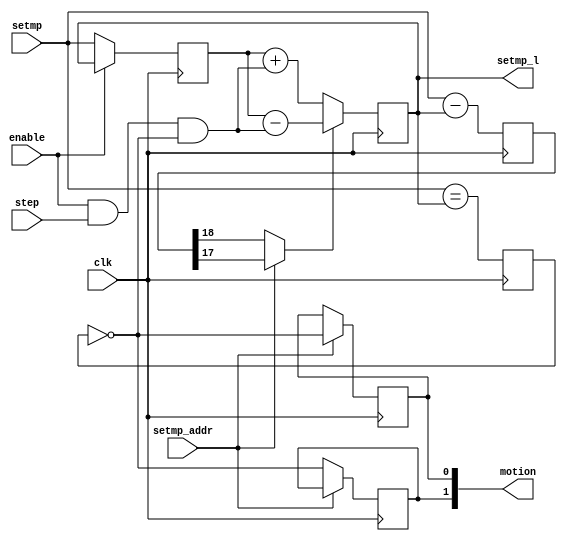
`timescale 1ns / 1ns

// Specialized set-point slew-rate limit for mp_proc.
// Let mp_proc continue to handle attachment to localbus via newad.
// Be careful to match mp_proc timing, and to wrap set_p but not set_m
module slew_xarray #(
	parameter dw=18
) (
	input clk,
	input enable,  // when zero, just passes through
	input signed [dw-1:0] setmp,  // from localbus
	output signed [dw-1:0] setmp_l,  // to application, slew-rate-limited
	input setmp_addr,
	input step,  // can wire to 1 for full-speed slew
	output [1:0] motion
);
// Note that mp_proc does
// assign setmp_addr = {1'b0, ~state[0]};
// We "know" that, and only take in the lsb.
reg [dw-1:0] current=0, prev=0;
reg [dw:0] diff=0;
reg match=1, enable1=0;
reg motionm=0, motionp=0;
wire wrap = setmp_addr;  // verified in simulation
wire dir = wrap ? diff[dw-1] : diff[dw];
wire step1 = enable & step & ~match;
always @(posedge clk) begin
	diff <= setmp - current;
	match <= setmp == current;
	// following line should synthesize to a single bank of addsub
	current <= dir ? prev-step1 : prev+step1;
	prev <= enable ? current : setmp;
	enable1 <= enable;
	if (~setmp_addr) motionm <= ~match;
	if ( setmp_addr) motionp <= ~match;
end

assign setmp_l = current;
assign motion = {motionm, motionp};

endmodule